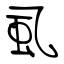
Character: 虱